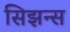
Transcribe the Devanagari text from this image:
सिझन्स